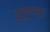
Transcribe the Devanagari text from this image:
छुछुन्द्रा